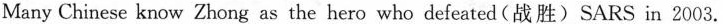
Many Chinese know Zhong as the hero who defeated(战胜)SARS in 2003.